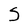
Character: S